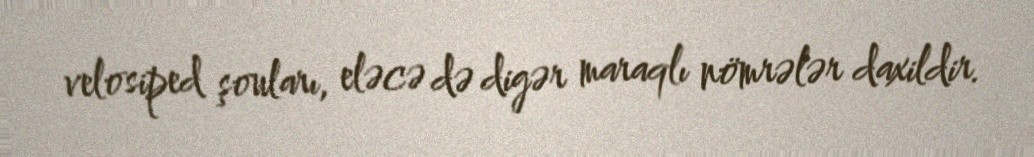
velosiped şouları, eləcə də digər maraqlı nömrələr daxildir.